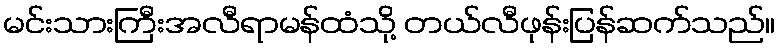
မင်းသားကြီးအလီရာမန်ထံသို့ တယ်လီဖုန်းပြန်ဆက်သည်။